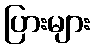
ပြားများ